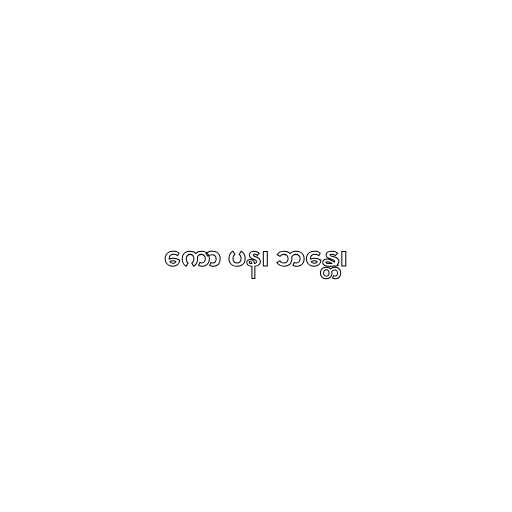
ကော ပန၊ ဘန္တေ၊